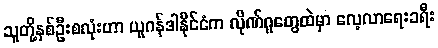
သူတို့နှစ်ဦးစလုံးဟာ ယူဂန်ဒါနိုင်ငံက လိုဏ်ဂူတွေထဲမှာ လေ့လာရေးခရီး